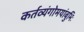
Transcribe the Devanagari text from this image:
कर्तव्यंगोमयांबुभिः